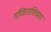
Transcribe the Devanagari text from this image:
गणिताशिवाय